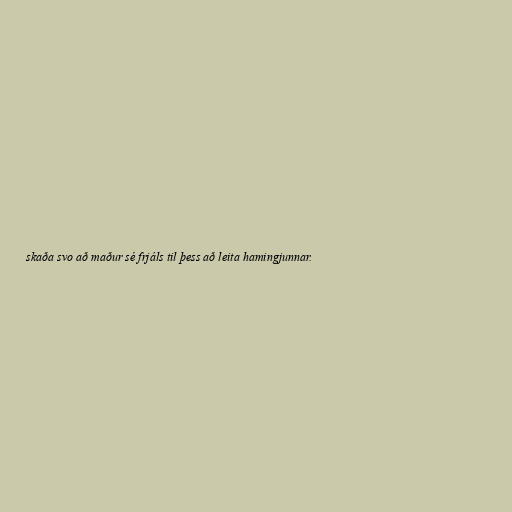
skaða svo að maður sé frjáls til þess að leita hamingjunnar.